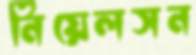
নিয়েলসন